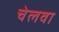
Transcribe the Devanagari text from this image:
चेलवा